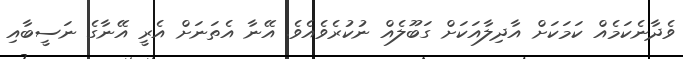
ވެދާނެކަމެއް ކަމަކަށް އާދިލާއަކަށް ގަބޫލެއް ނުކުރެވެއެވެ. އޭނާ އެތަނަށް އެރީ އޭނާގެ ނަސީބާއި